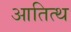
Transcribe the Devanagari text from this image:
आतित्थ